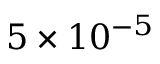
5 \times 1 0 ^ { - 5 }